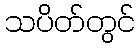
သပိတ်တွင်